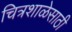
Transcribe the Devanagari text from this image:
चित्रशाळेसाठी